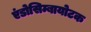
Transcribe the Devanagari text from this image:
एंडोसिम्बायोटक